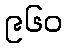
၉၆၀